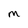
Character: M